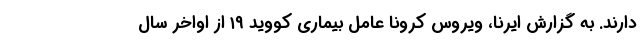
دارند. به گزارش ایرنا، ویروس کرونا عامل بیماری کووید ۱۹ از اواخر سال